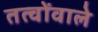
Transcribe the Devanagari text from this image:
तत्वोंवाले